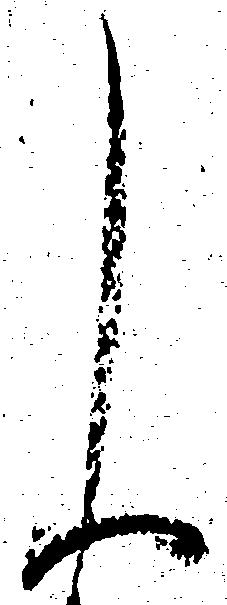
申